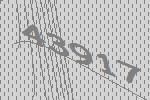
43917